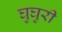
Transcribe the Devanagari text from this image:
घुघुरी